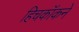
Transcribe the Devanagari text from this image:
हिचकॉकने